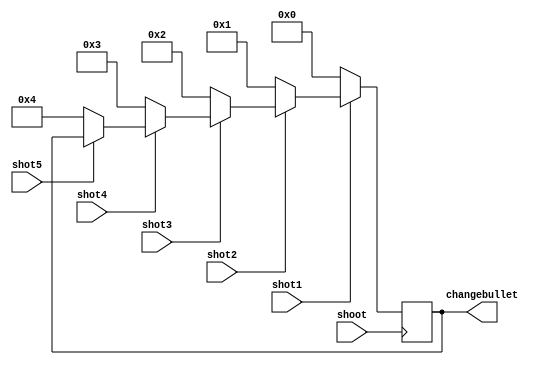
`timescale 1ns / 1ps
//////////////////////////////////////////////////////////////////////////////////
// Company: 
// Engineer: 
// 
// Design Name: 
// Module Name:    ChangeBullet 
// Project Name: 
// Target Devices: 
// Tool versions: 
// Description: 
//
// Dependencies: 
//
// Revision: 
// Revision 0.01 - File Created
// Additional Comments: 
//
//////////////////////////////////////////////////////////////////////////////////
module ChangeBullet(
		input shoot,
		input shot1,
		input shot2,
		input shot3,
		input shot4,
		input shot5,
		output reg [4:0] changebullet=0
    );
	
	always @(negedge shoot)
	begin
		if(shot1==0)
			changebullet<=0;
		else if(shot2==0)
			changebullet<=1;
		else if(shot3==0)
			changebullet<=2;
		else if(shot4==0)
			changebullet<=3;
		else if(shot5==0)
			changebullet<=4;
	end

endmodule